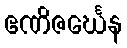
ဧဏိဇင်္ဃေန